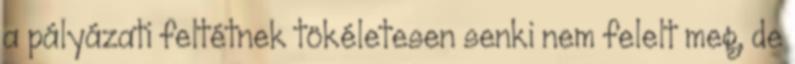
a pályázati feltétnek tökéletesen senki nem felelt meg, de